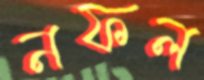
নফল